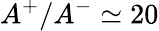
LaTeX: A^{+}/A^{-}\simeq 20